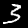
Label: 3